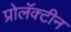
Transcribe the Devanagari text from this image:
प्रोलॅक्टीन